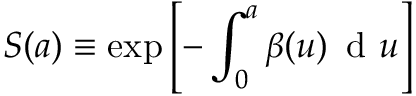
S ( a ) \equiv \exp \left[ - \int _ { 0 } ^ { a } { \beta ( u ) \, \mathrm { ~ d ~ } u } \right]